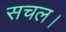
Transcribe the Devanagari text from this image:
सचल।